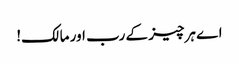
اے ہرچیز کے رب اور مالک!